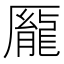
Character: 𫨢